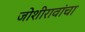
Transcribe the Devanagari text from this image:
जोशीरावांचा